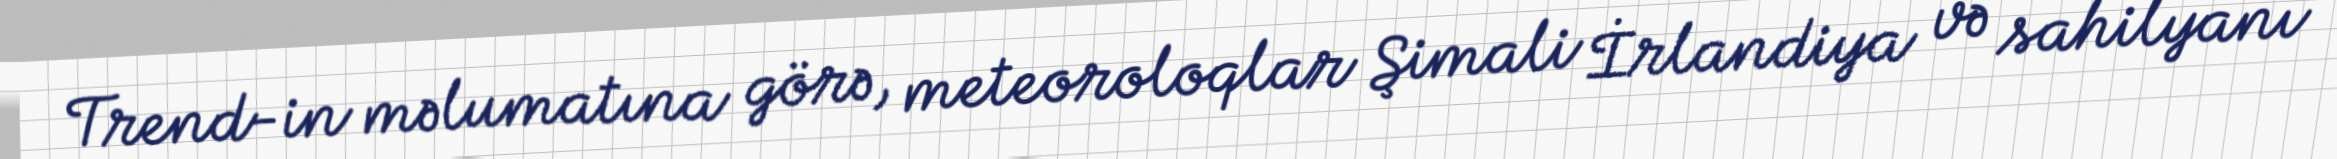
Trend-in məlumatına görə, meteoroloqlar Şimali İrlandiya və sahilyanı